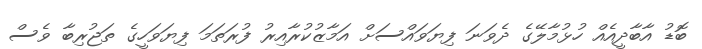
ބޮޑު އާބާދީއެއް ހުޅުމާލޭގެ ދެވަނަ ފިޔަވައްސަށް އަމާޒުކުރާއިރު ފުރަތަމަ ފިޔަވަހީގެ ތަޖުރިބާ ވެސް